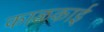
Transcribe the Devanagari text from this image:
काळकाई